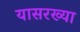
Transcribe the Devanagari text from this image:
यासरख्या